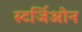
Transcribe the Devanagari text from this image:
स्टर्जिओन